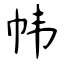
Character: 帏